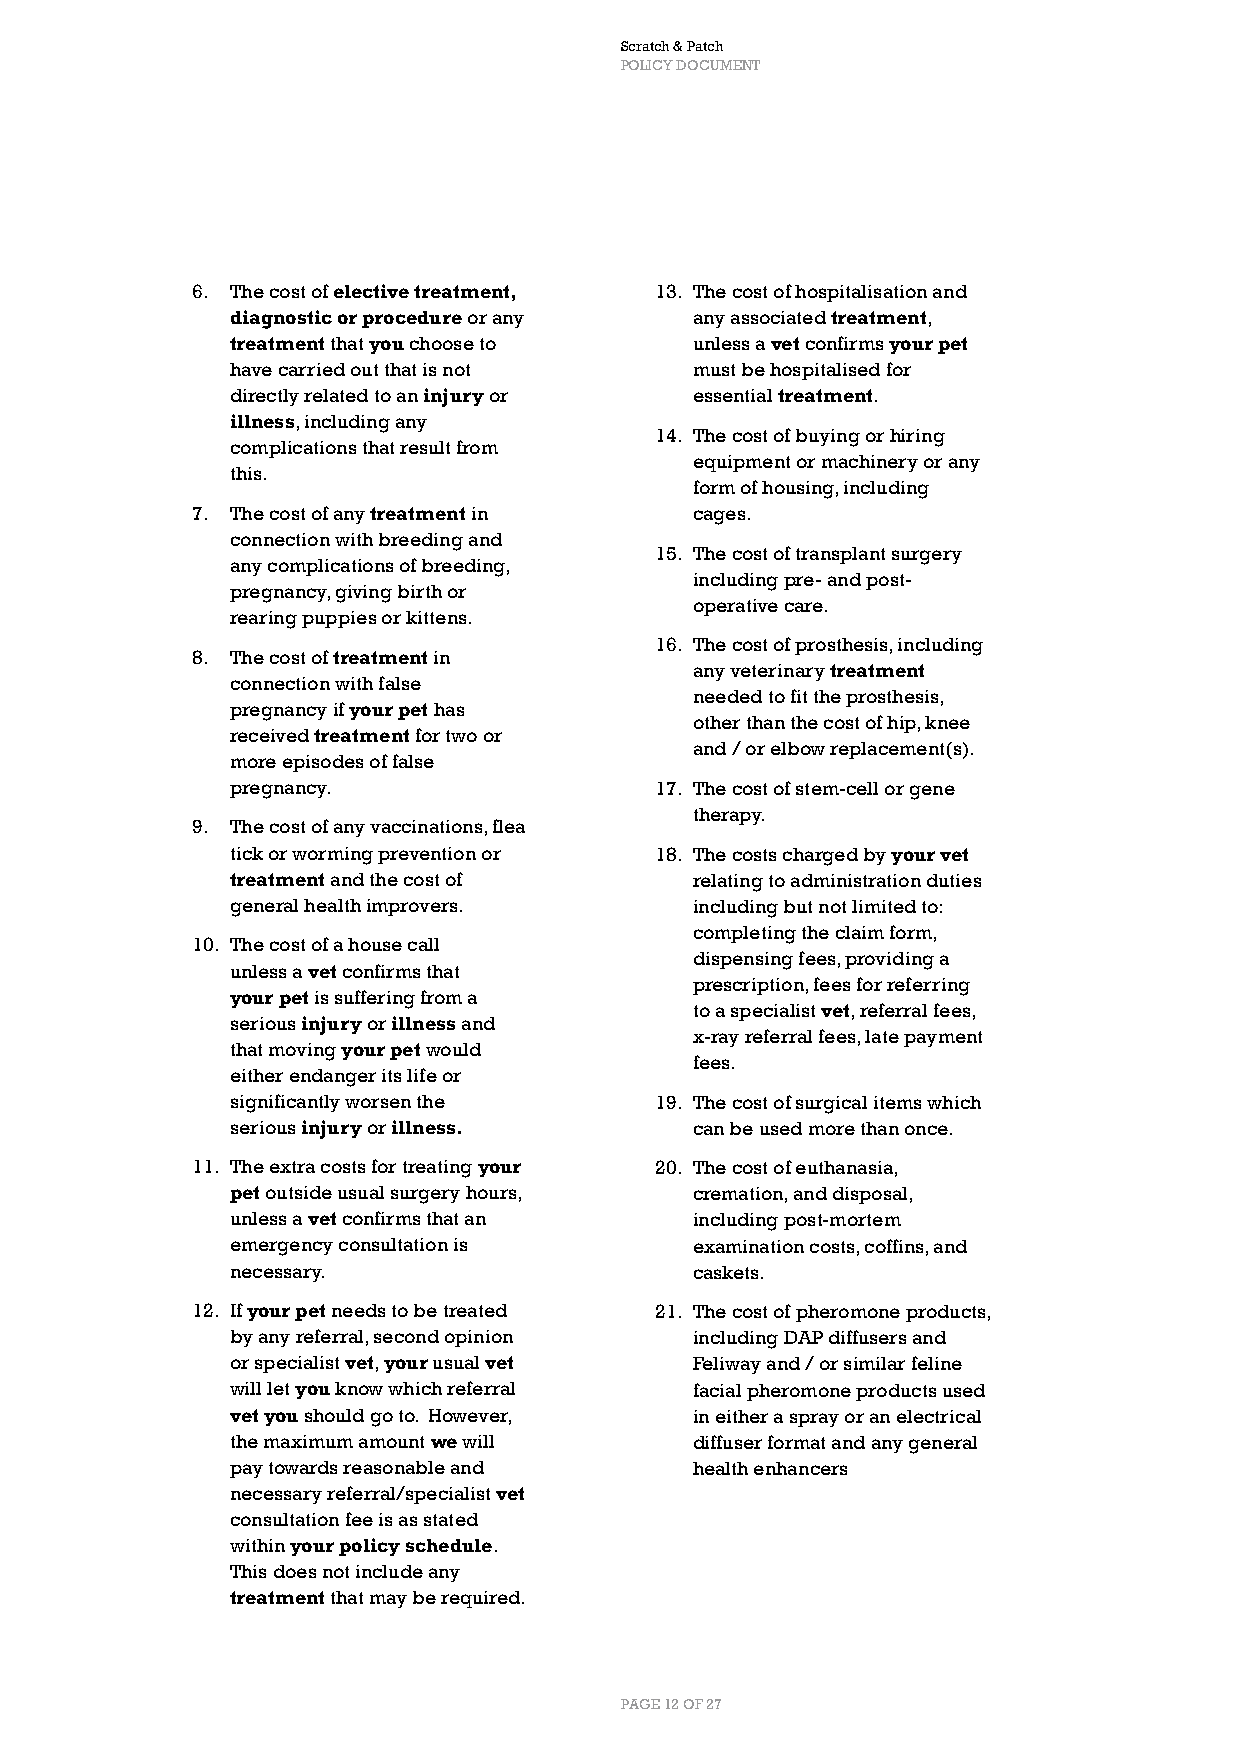
Scratch & Patch
 POLICY DOCUMENT
 6. The cost of elective treatment, 13. The cost of hospitalisation and
 diagnostic or procedure or any any associated treatment,
 treatment that you choose to   unless a vet confirms your pet
 have carried out that is not   must be hospitalised for
 directly related to an injury or essential treatment.
 illness, including any
 14. The cost of buying or hiring
 complications that result from
 equipment or machinery or any
 this.
 form of housing, including
 7. The cost of any treatment in  cages.
 connection with breeding and
 15. The cost of transplant surgery
 any complications of breeding,
 including pre- and post-
 pregnancy, giving birth or
 operative care.
 rearing puppies or kittens.
 16. The cost of prosthesis, including
 8. The cost of treatment in
 any veterinary treatment
 connection with false
 needed to fit the prosthesis,
 pregnancy if your pet has
 other than the cost of hip, knee
 received treatment for two or
 and / or elbow replacement(s).
 more episodes of false
 pregnancy.                  17. The cost of stem-cell or gene
 therapy.
 9. The cost of any vaccinations, flea
 tick or worming prevention or 18. The costs charged by your vet
 treatment and the cost of      relating to administration duties
 general health improvers.      including but not limited to:
 completing the claim form,
 10. The cost of a house call
 dispensing fees, providing a
 unless a vet confirms that
 prescription, fees for referring
 your pet is suffering from a
 to a specialist vet, referral fees,
 serious injury or illness and
 x-ray referral fees, late payment
 that moving your pet would
 fees.
 either endanger its life or
 significantly worsen the    19. The cost of surgical items which
 serious injury or illness.     can be used more than once.
 11. The extra costs for treating your 20. The cost of euthanasia,
 pet outside usual surgery hours, cremation, and disposal,
 unless a vet confirms that an  including post-mortem
 emergency consultation is      examination costs, coffins, and
 necessary.                     caskets.
 12. If your pet needs to be treated 21. The cost of pheromone products,
 by any referral, second opinion including DAP diffusers and
 or specialist vet, your usual vet Feliway and / or similar feline
 will let you know which referral facial pheromone products used
 vet you should go to. However, in either a spray or an electrical
 the maximum amount we will     diffuser format and any general
 pay towards reasonable and     health enhancers
 necessary referral/specialist vet
 consultation fee is as stated
 within your policy schedule.
 This does not include any
 treatment that may be required.
 PAGE 12 OF 27